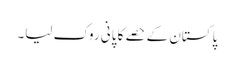
پاکستان کے حصے کا پانی روک لیا۔